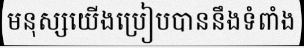
មនុស្សយើងប្រៀបបាននឹងទំពាំង